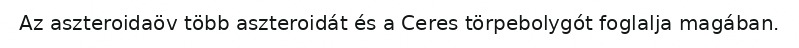
Az aszteroidaöv több aszteroidát és a Ceres törpebolygót foglalja magában.